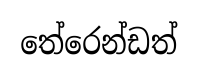
තේරෙන්ඩත්